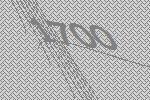
1700